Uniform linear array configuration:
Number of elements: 16
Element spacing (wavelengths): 0.75
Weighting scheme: uniform
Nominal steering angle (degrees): -30
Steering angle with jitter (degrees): -28.425
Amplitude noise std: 0.05
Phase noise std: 0.05

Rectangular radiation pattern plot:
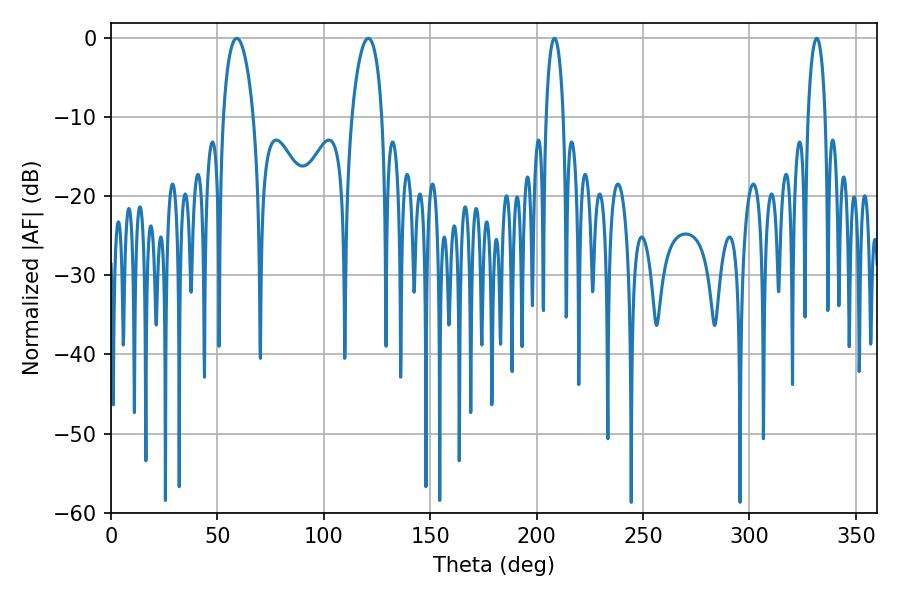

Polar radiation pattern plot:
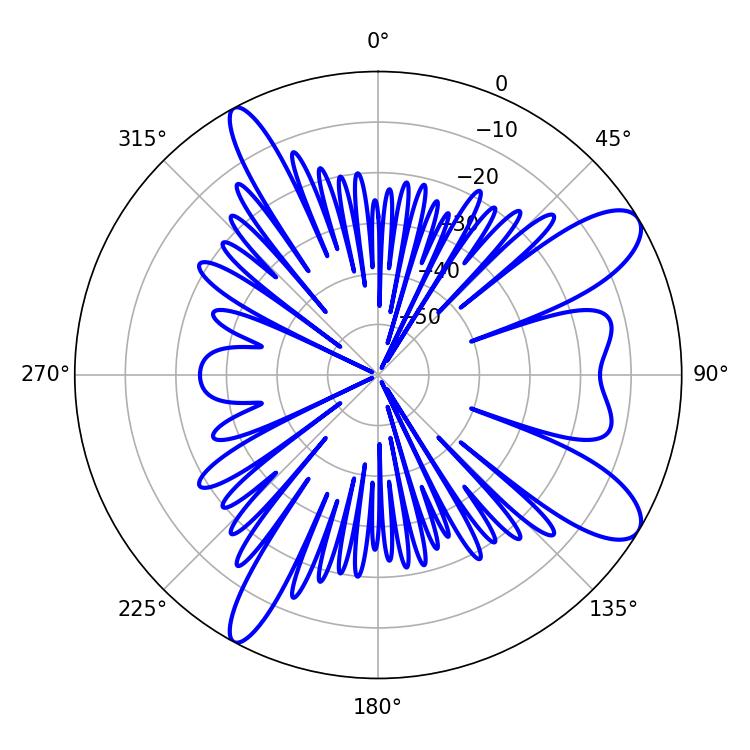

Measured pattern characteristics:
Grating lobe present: TRUE
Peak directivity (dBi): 10.173
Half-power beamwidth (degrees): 8.1
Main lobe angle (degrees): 59.04